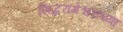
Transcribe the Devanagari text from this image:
सिद्धरामेश्वराच्या